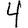
Digit: 4